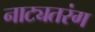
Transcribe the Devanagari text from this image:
नाट्यतरंग